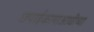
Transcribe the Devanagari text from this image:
छपाईकामाआधीच्या